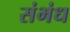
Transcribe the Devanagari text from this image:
संभंध